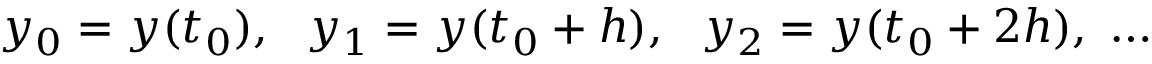
y _ { 0 } = y ( t _ { 0 } ) , \ \ y _ { 1 } = y ( t _ { 0 } + h ) , \ \ y _ { 2 } = y ( t _ { 0 } + 2 h ) , \ \dots